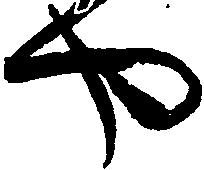
や